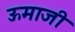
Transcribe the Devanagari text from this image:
ऊमाजी